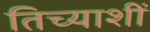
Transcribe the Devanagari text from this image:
तिच्याशीं